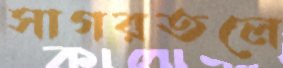
সাগরতলে